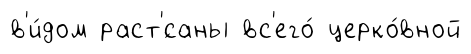
в'и́дом раст'́саны вс'его́ церко́вной